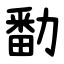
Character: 勫